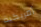
أمريكية